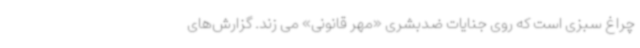
چراغ سبزی است که روی جنایات ضدبشری «مهر قانونی» می زند. گزارش‌های